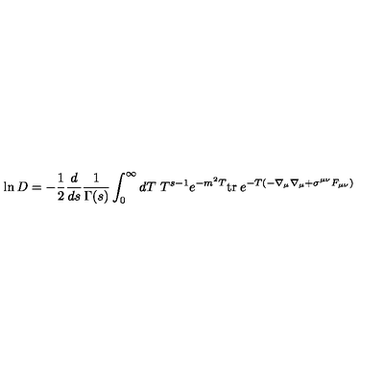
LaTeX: \ln D = - \frac { 1 } { 2 } \frac { d } { d s } \frac { 1 } { \Gamma ( s ) } \int _ { 0 } ^ { \infty } d T \ T ^ { s - 1 } e ^ { - m ^ { 2 } T } \mathrm { t r } \: e ^ { - T ( - \nabla _ { \mu } \nabla _ { \mu } + \sigma ^ { \mu \nu } F _ { \mu \nu } ) } \raisebox { - 9 p t } { { \scriptstyle s = 0 } } \label 9